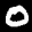
Label: 0